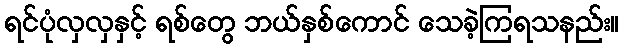
ရင်ပုံလှလှနှင့် ရစ်တွေ ဘယ်နှစ်ကောင် သေခဲ့ကြရသနည်း။